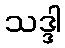
သဒ္ဒါ